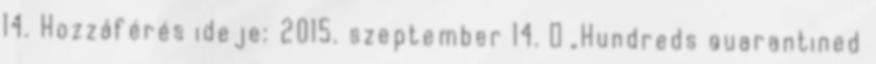
14. Hozzáférés ideje: 2015. szeptember 14. ↑ „Hundreds quarantined